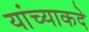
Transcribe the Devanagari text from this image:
यांच्याकदे